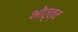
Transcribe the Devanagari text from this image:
भोतृत्व